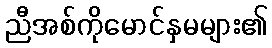
ညီအစ်ကိုမောင်နှမများ၏